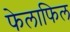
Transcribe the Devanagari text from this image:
फेलाफिल